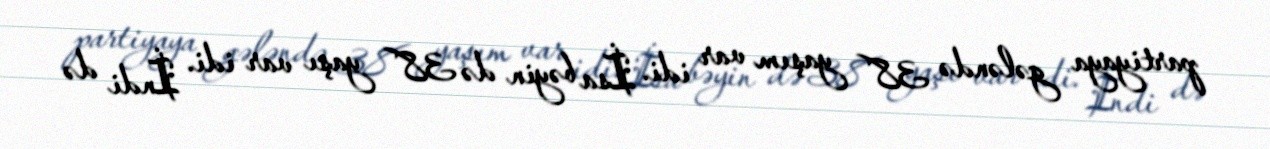
partiyaya gələndə 38 yaşım var idi. İsa bəyin də 38 yaşı var idi. İndi də